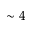
\sim 4